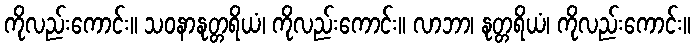
ကိုလည်းကောင်း။ သဝနာနုတ္တရိယံ၊ ကိုလည်းကောင်း။ လာဘာ၊ နုတ္တရိယံ၊ ကိုလည်းကောင်း။